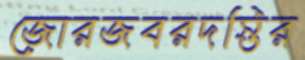
জোরজবরদস্তির